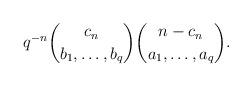
LaTeX: \begin{align*}q^{-n}{\binom{c_n}{b_1,\dots,b_q}}{\binom{n-c_n}{a_1,\dots,a_q}}.\end{align*}